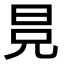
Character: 𣅷